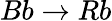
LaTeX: Bb\rightarrow Rb